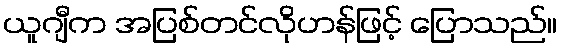
ယူဂျီက အပြစ်တင်လိုဟန်ဖြင့် ပြောသည်။